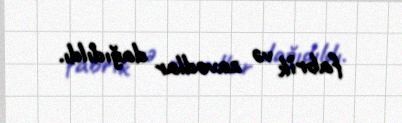
fabrik və zavodlar dağıdıldı.